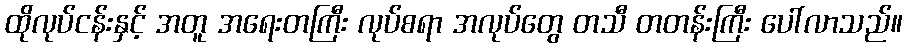
ထိုလုပ်ငန်းနှင့် အတူ အရေးတကြီး လုပ်စရာ အလုပ်တွေ တသီ တတန်းကြီး ပေါ်လာသည်။